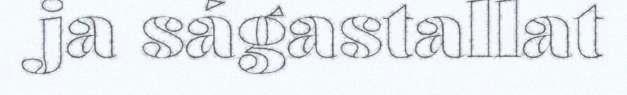
ja ságastallat